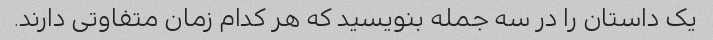
یک داستان را در سه جمله بنویسید که هر کدام زمان متفاوتی دارند.